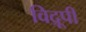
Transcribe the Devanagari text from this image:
विद्रूपी